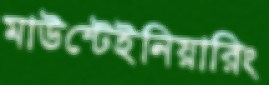
মাউন্টেইনিয়ারিং